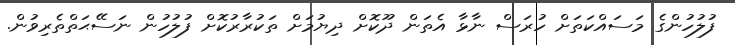
ފުލުހުންގެ މަސައްކަތަށް ހުރަސް ނާޅާ އެތަން ދޫކޮށް ދިޔުމަށް ތަކުރާރުކޮށް ފުލުހުން ނަސޭޙަތްތެރިވުން.